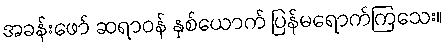
အခန်းဖော် ဆရာဝန် နှစ်ယောက် ပြန်မရောက်ကြသေး။